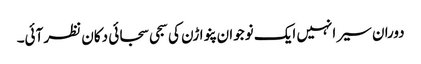
دوران سیر انہیں ایک نوجوان پنواڑن کی سجی سجائی دکان نظر آئی۔